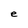
Character: e